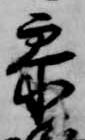
参